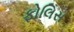
ફોલિસ